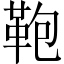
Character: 鞄